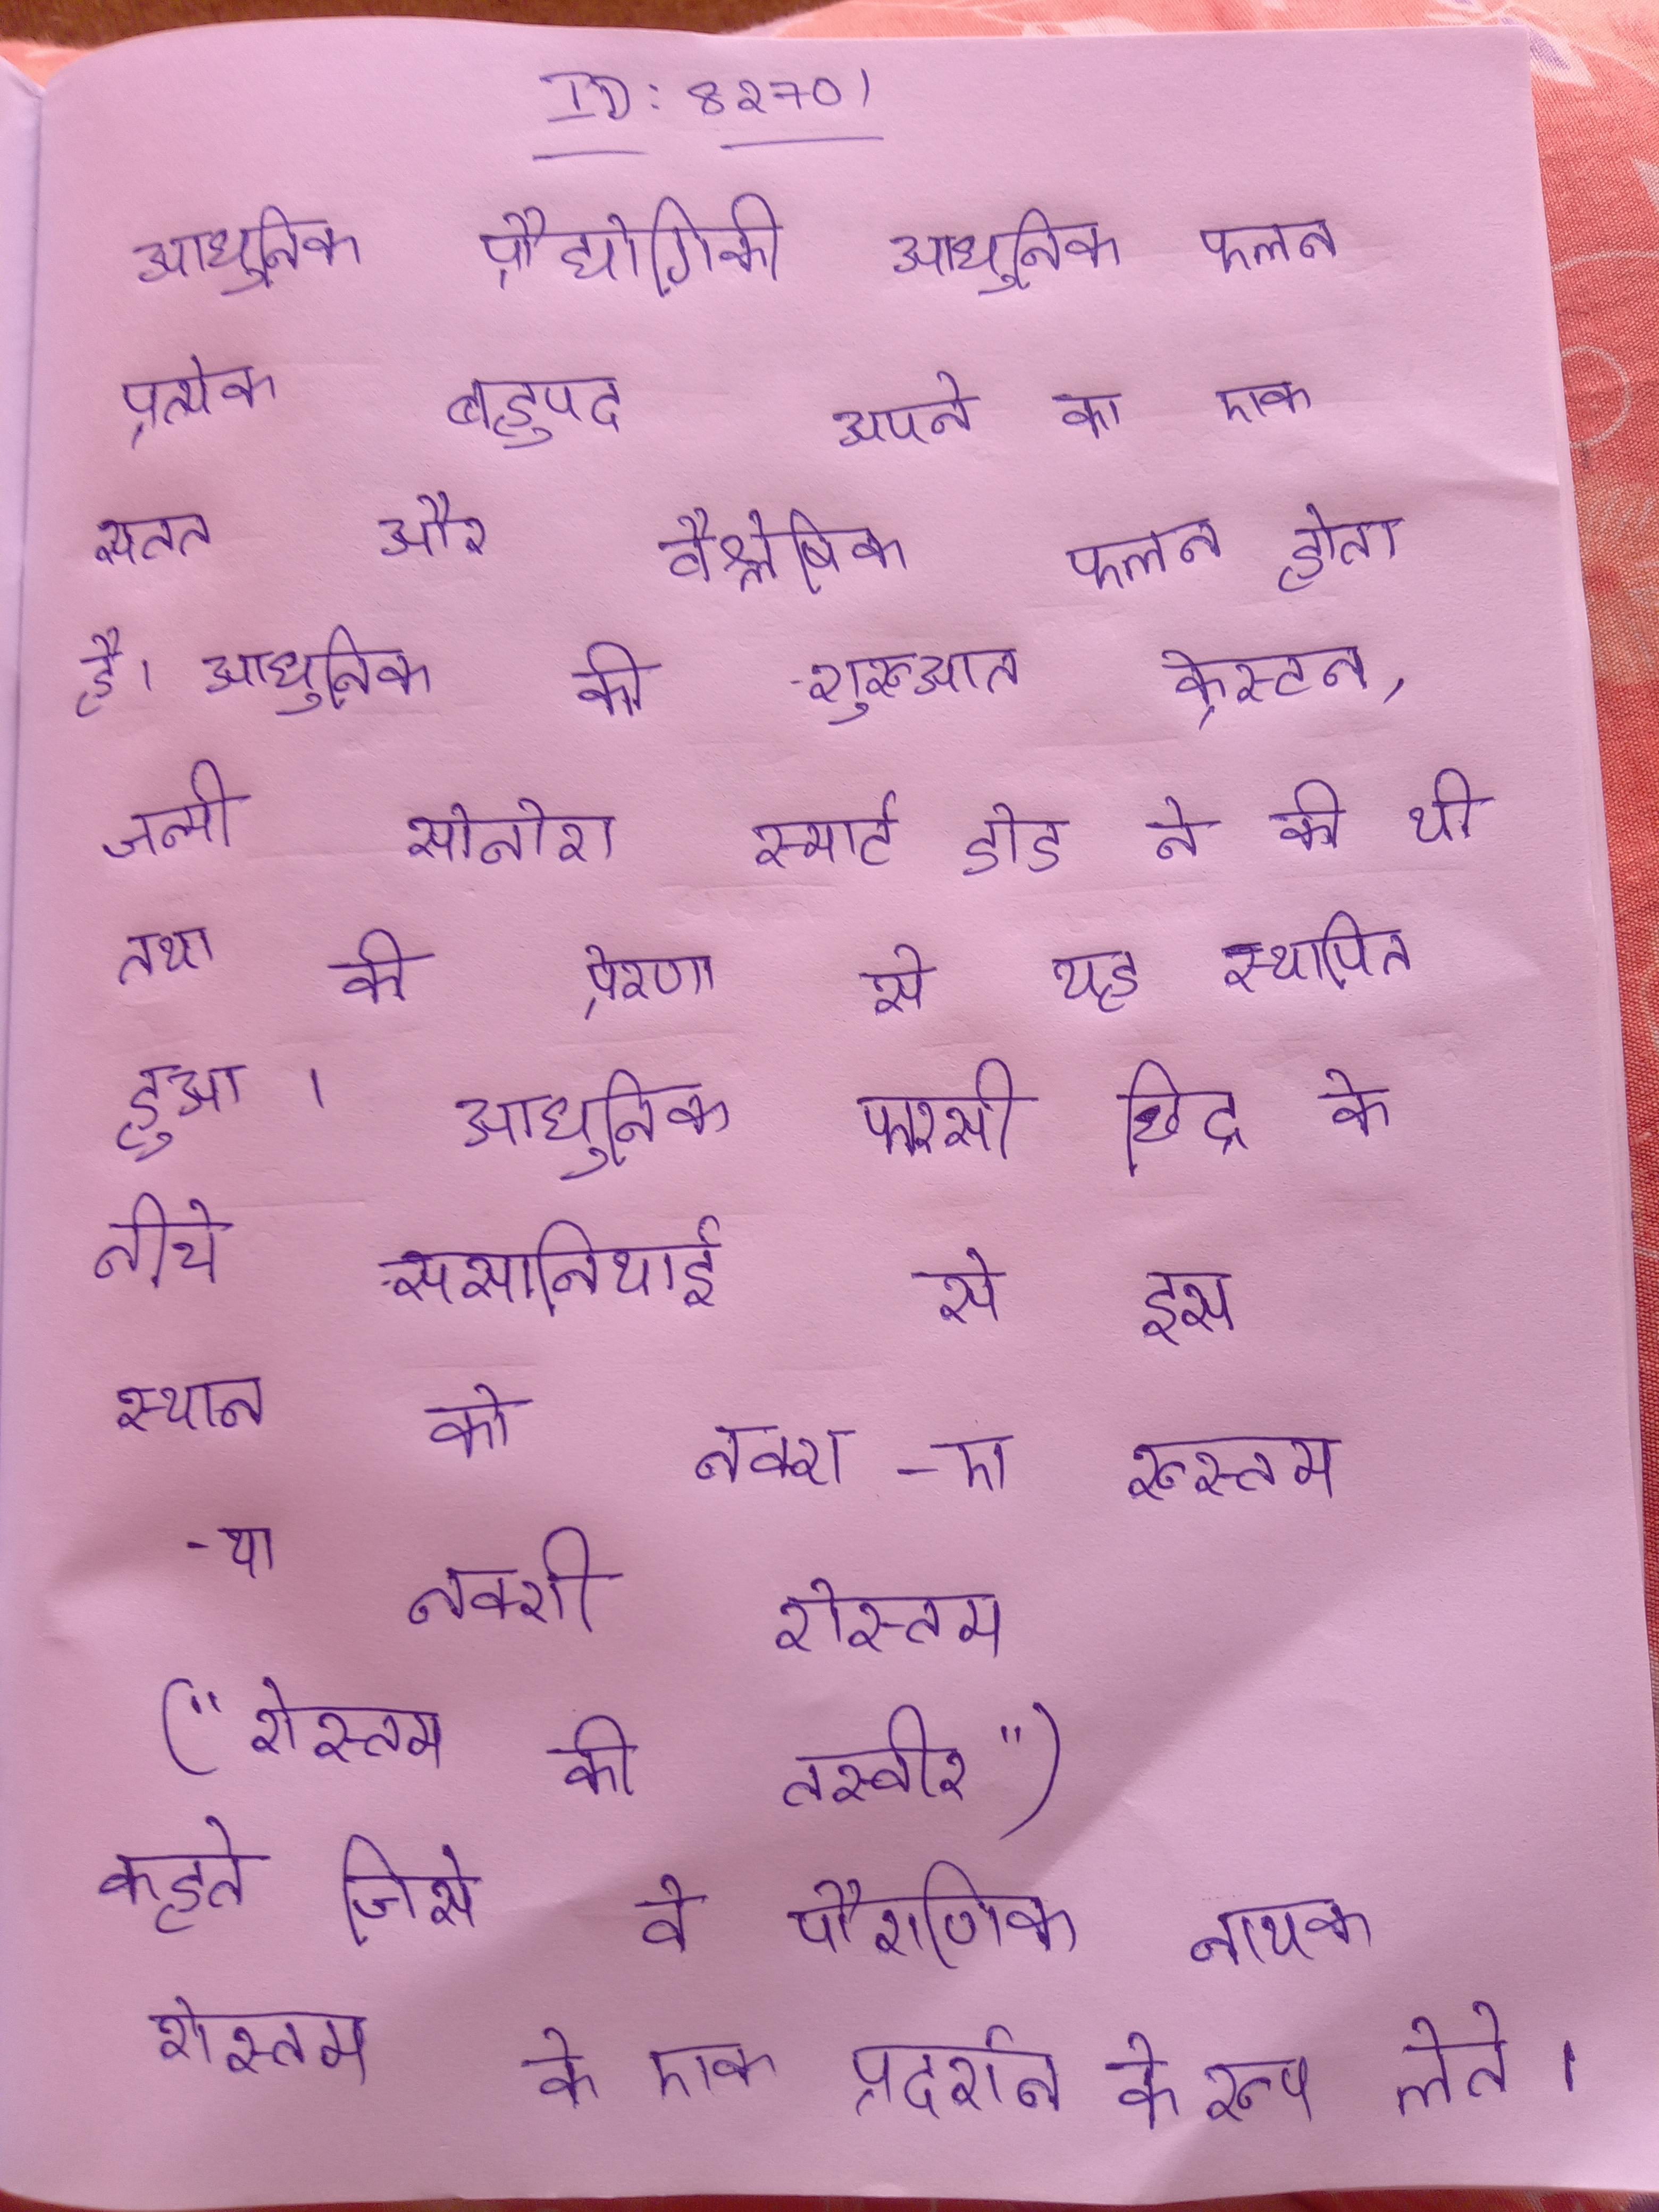
आधुनिक प्रौद्योगिकी आधुनिक फलन प्रत्येक बहुपद अपने का एक सतत और वैश्लेषिक फलन होता है । आधुनिक की शुरुआत क्रेस्टन, जन्मी सोनोरा स्मार्ट डोड ने की थी तथा की प्रेरणा से यह स्थापित हुआ । आधुनिक फारसी छिद्र के नीचे ससानियाई से इस स्थान को नक्श-ए रुस्तम - या नक्शी रोस्तम ("रोस्तम की तस्वीर") कहते जिसे वे पौराणिक नायक रोस्तम के एक प्रदर्शन के रूप लेते ।